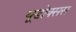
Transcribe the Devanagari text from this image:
यूडोक्सस